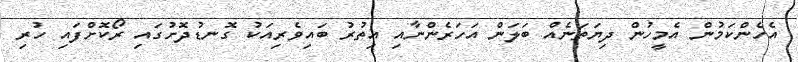
އެހެންކަމުން އެމީހުން ދިޔަތަނެއް ބަލަން އަހަރެންނާއި އިތުރު ބައިވެރިއަކު ގޮނޑުދޮށުގައި ރޯކޮށްފައި ހުރި